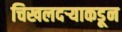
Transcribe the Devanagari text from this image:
चिखलदऱ्याकडून